Insane asylums in Bengal annual reports 1867-1875 - 1867-1875
Year: 1867
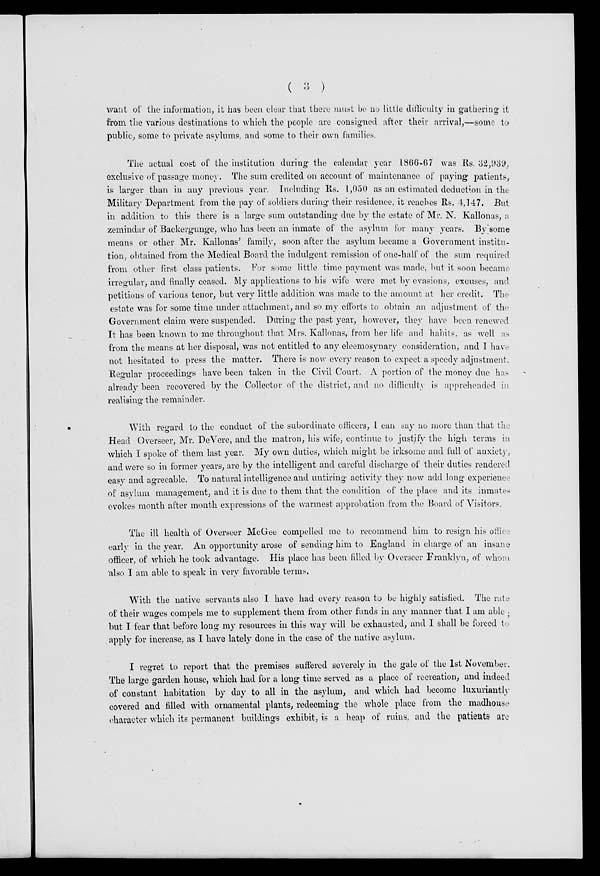
( 3 )
want of the information, it has been clear that there must be no little difficulty in gathering it
from the various destinations to which the people are consigned after their arrival,—some to
public, some to private asylums, and some to their own families.
The actual cost of the institution during the calendar year 1866-67 was Rs. 32,939,
exclusive of passage money. The sum credited on account of maintenance of paying patients,
is larger than in any previous year. Including Rs. 1,050 as an estimated deduction in the
Military Department from the pay of soldiers during their residence, it reaches Rs. 4,147. But
in addition to this there is a large sum outstanding due by the estate of Mr. N. Kallonas a
zemindar of Backergunge, who has been an inmate of the asylum for many years. By some
means or other Mr. Kallonas' family, soon after the asylum became a Government institu-
tion, obtained from the Medical Board the indulgent remission of one-half of the sum required
from other first class patients. For some little time payment was made, but it soon became-
irregular, and finally ceased. My applications to his wife were met by evasions, excuses, and
petitions of various tenor, but very little addition was made to the amount at her credit. The
estate was for some time under attachment, and so my efforts to obtain an adjustment of the
Government claim were suspended. During the past year, however, they have been renewed
It has been known to me throughout that Mrs. Kallonas, from her life and habits, as well as
from the means at her disposal, was not entitled to any eleemosynary consideration, and I have
not hesitated to press the matter. There is now every reason to expect a speedy adjustment.
Regular proceedings have been taken in the Civil Court. A portion of the money due has
already been recovered by the Collector of the district, and no difficulty is apprehended in
realising the remainder.
With regard to the conduct of the subordinate officers, I can say no more than that the
Head Overseer, Mr. DeVere, and the matron, his wife, continue to justify the high terms in
which I spoke of them last year. My own duties, which might be irksome and full of anxiety,
and were so in former years, are by the intelligent and careful discharge of their duties rendered
easy and agreeable. To natural intelligence and untiring activity they now add long experience
of asylum management, and it is due to them that the condition of the place and its inmates
evokes month after month expressions of the warmest approbation from the Board of Visitors.
The ill health of Overseer McGee compelled me to recommend him to resign his office
early in the year. An opportunity arose of sending him to England in charge of an insane
officer, of which he took advantage. His place has been filled by Overseer Franklyn, of whom
also I am able to speak in very favorable terms.
With the native servants also I have had every reason to be highly satisfied. The rate
of their wages compels me to supplement them from other funds in any manner that I am able .
but I fear that before long my resources in this way will be exhausted, and I shall be forced to
apply for increase, as I have lately done in the case of the native asylum.
I regret to report that the premises suffered severely in the gale of the 1st November.
The large garden house, which had for a long time served as a place of recreation, and indeed
of constant habitation by day to all in the asylum, and which had become luxuriantly
covered and filled with ornamental plants, redeeming the whole place from the madhouse
character which its permanent buildings exhibit, is a heap of ruins, and the patients are